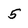
Character: 5